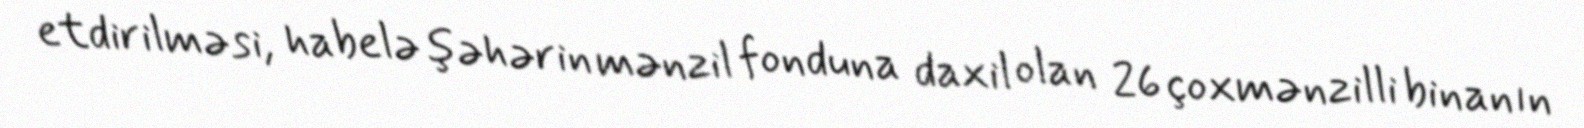
etdirilməsi, habelə şəhərin mənzil fonduna daxil olan 26 çoxmənzilli binanın